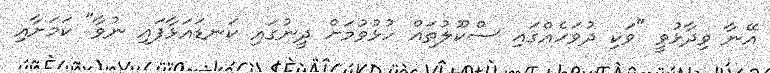
އޭނާ ވިދާޅުވީ "ވަކި ދުވަހެއްގައި ސްކޫލުތައް ހުޅުވުމަށް ދީނުގައި ކަނޑައަޅާފައި ނުވާ" ކަމަށާއި